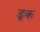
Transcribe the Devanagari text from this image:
डूक